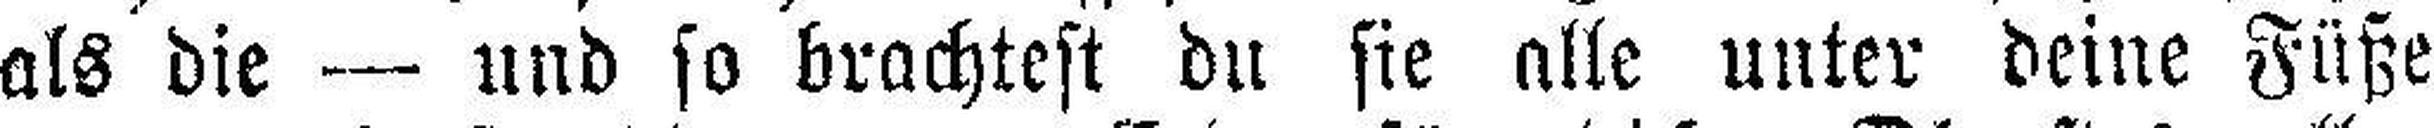
als die — und so brachtest du sie alle unter deine Füße